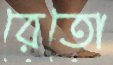
রেতো